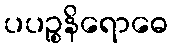
ပပဉ္စနိရောဓေ